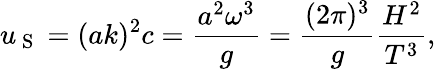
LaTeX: u_{\mathrm{~S~}}=(ak)^{2}c=\frac{a^{2}\omega^{3}}{g}=\frac{(2\pi)^{3}}{g}\frac{H^{2}}{T^{3}},